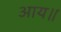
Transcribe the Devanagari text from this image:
आय॥